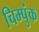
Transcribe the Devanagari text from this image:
चिम्पुंक